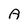
Character: A